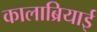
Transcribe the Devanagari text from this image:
कालाब्रियाई